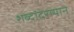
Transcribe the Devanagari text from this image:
शब्दांदरम्यान